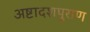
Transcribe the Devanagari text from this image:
अष्टादशपुराण